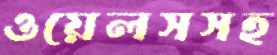
ওয়েলসসহ